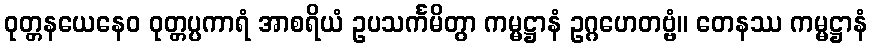
ဝုတ္တနယေနေဝ ဝုတ္တပ္ပကာရံ အာစရိယံ ဥပသင်္ကမိတွာ ကမ္မဋ္ဌာနံ ဥဂ္ဂဟေတဗ္ဗံ။ တေနဿ ကမ္မဋ္ဌာနံ